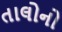
તાલોનો